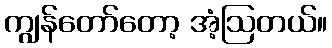
ကျွန်တော်တော့ အံ့ဩတယ်။